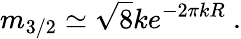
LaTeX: m_{3/2}\simeq\sqrt{8}ke^{-2\pi kR}~.